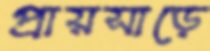
প্রায়সাড়ে